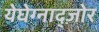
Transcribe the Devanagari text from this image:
येघेग्नाद्ज़ोर